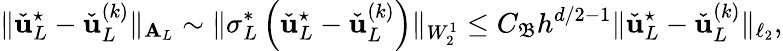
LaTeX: \| \check{\boldsymbol{\mathbf{u}}}_{L}^{\star}-\check{\boldsymbol{\mathbf{u}}}_{L}^{(k)}\| _{\boldsymbol{\mathbf{A}}_{L}}\sim\| \sigma_{L}^{*}\left(\check{\boldsymbol{\mathbf{u}}}_{L}^{\star}-\check{\boldsymbol{\mathbf{u}}}_{L}^{(k)}\right)\| _{W_{2}^{1}}\le C_{\mathfrak{B}}h^{d/2-1}\| \check{\boldsymbol{\mathbf{u}}}_{L}^{\star}-\check{\boldsymbol{\mathbf{u}}}_{L}^{(k)}\| _{\ell_{2}},